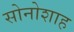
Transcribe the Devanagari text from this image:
सोनोशाह